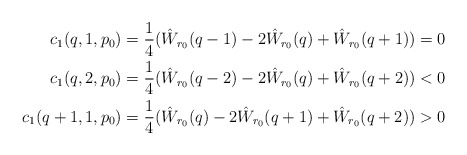
\begin{align*}c_1(q,1,p_0) &= \frac{1}{4}(\hat W_{r_0}(q-1) - 2 \hat W_{r_0}(q) + \hat W_{r_0}(q+1)) = 0\\c_1(q,2,p_0) &= \frac{1}{4}(\hat W_{r_0}(q-2) - 2 \hat W_{r_0}(q) + \hat W_{r_0}(q+2)) < 0\\c_1(q+1,1,p_0) &= \frac{1}{4}(\hat W_{r_0}(q) - 2\hat W_{r_0}(q+1) + \hat W_{r_0}(q+2)) > 0\end{align*}